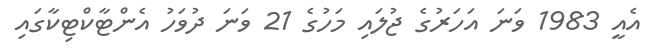
އެއީ 1983 ވަނަ އަހަރުގެ ޖުލައި މަހުގެ 21 ވަނަ ދުވަހު އެންޓާކްޓިކާގައި